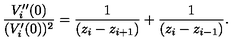
\frac { V _ { i } ^ { \prime \prime } ( 0 ) } { ( V _ { i } ^ { \prime } ( 0 ) ) ^ { 2 } } = \frac { 1 } { \left( z _ { i } - z _ { i + 1 } \right) } + \frac { 1 } { \left( z _ { i } - z _ { i - 1 } \right) } .